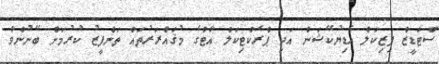
ސްޓަޑީޒް ފިޒިކަލް އެޑިޔުކޭޝަން އަދި ޕްރެކްޓިކަލް އާޓްގެ މުޤައްރަރުތައް ތަންފީޒު ކުރުމަށް ބޭނުންވާ